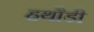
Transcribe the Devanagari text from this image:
हथौडी